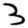
Digit: 3